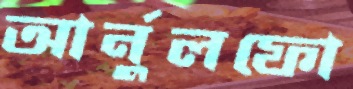
আর্নুলফো